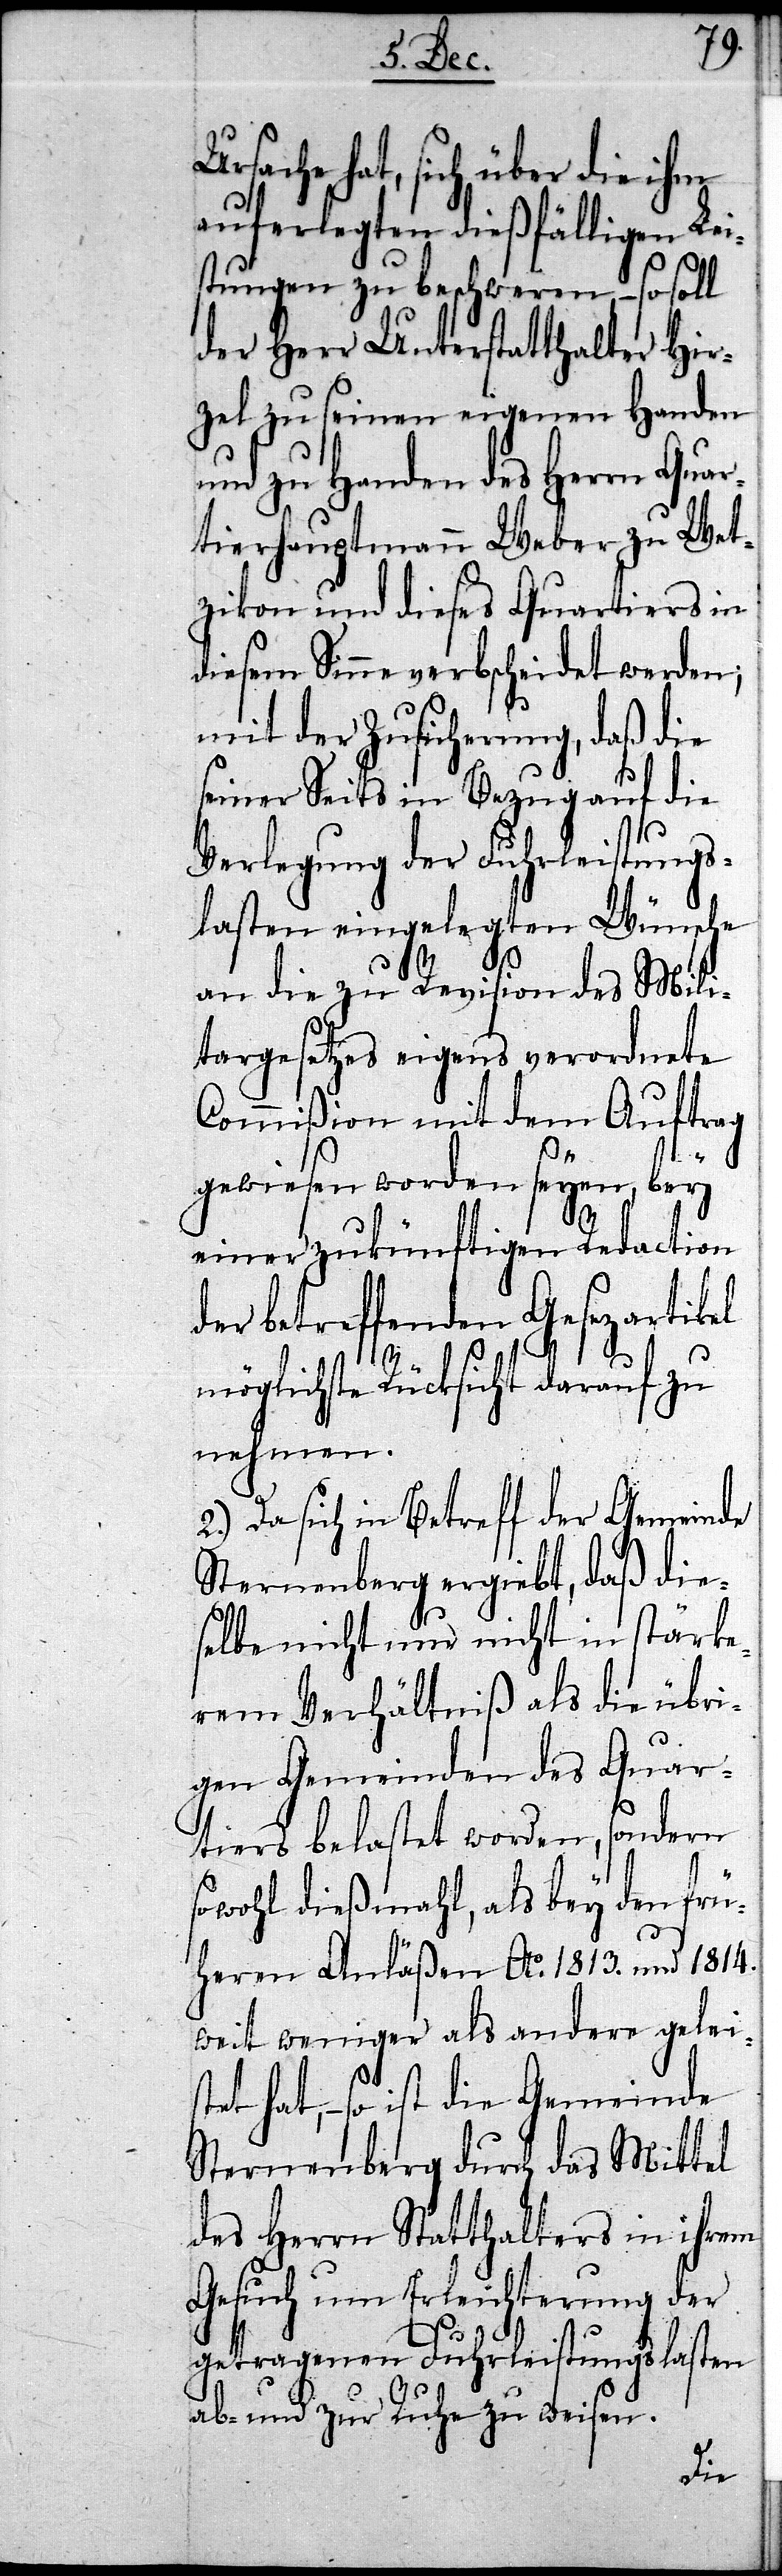
Ursache hat, sich über die ihm
stungen zu beschweren,
der Herr Unterstatthalter Hir¬
nden
zel zu seinen eigenen Ha¬
und zu Handen des Herrn Qua¬
rtierhauptmann Weber zu Wet¬
zikon und dieses Quartiers in
diesem Sinne verbscheidet werden;
mit der Zusicherung, daß die
seiner Seits in Bezug auf die
Verlegung der Fuhrleistungs¬
lasten eingelegten Wünsche
an die zu Revision des Mili¬
targesetzes eigens verordnete
Commißion mit dem Auftrag
gewiesen worden seyen, bey
einer zukünftigen Redaction
der betreffenden Gesezartikel
mögliche Rücksicht darauf zu
nehmen.
2.) Da sich in Betracht der Gemeinde
Sternenberg ergiebt, daß die¬
selbe nicht nur nicht in stärke¬
rem Verhältniß als die übri¬
gen Gemeinden des Quar¬
tiers belastet worden, sondern
sowohl dießmahl, als bey den frü¬
heren Anläßen Ao. 1813. und 1814.
weit weniger als andere gelei¬
stet hat, – so ist die Gemeinde
Sternenberg durch das Mittel
des Herrn Statthalters in ihrem
Gesuch um Erleichterung der
getragenen Fuhrleistungslasten
ab- und zur Ruhe zu weisen.
Lei¬